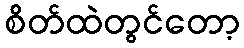
စိတ်ထဲတွင်တော့